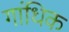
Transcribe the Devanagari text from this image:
गांधिक